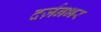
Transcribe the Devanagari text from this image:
दर्ज़नभर